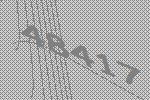
48417